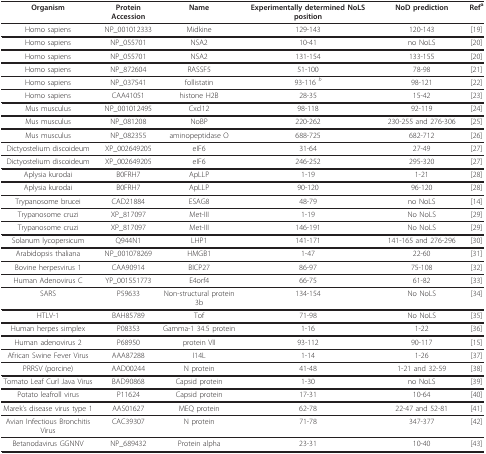
<table><thead><tr><td><b>Organism</b></td><td><b>Protein Accession</b></td><td><b>Name</b></td><td><b>Experimentally determined NoLS position</b></td><td><b>NoD prediction</b></td><td><b>Ref<sup>a</sup></b></td></tr></thead><tbody><tr><td>Homo sapiens</td><td>NP_001012333</td><td>Midkine</td><td>129-143</td><td>120-143</td><td>[19]</td></tr><tr><td>Homo sapiens</td><td>NP_055701</td><td>NSA2</td><td>10-41</td><td>no NoLS</td><td>[20]</td></tr><tr><td>Homo sapiens</td><td>NP_055701</td><td>NSA2</td><td>131-154</td><td>133-155</td><td>[20]</td></tr><tr><td>Homo sapiens</td><td>NP_872604</td><td>RASSF5</td><td>51-100</td><td>78-98</td><td>[21]</td></tr><tr><td>Homo sapiens</td><td>NP_037541</td><td>follistatin</td><td>93-116 <i><sup>b</sup></i></td><td>98-121</td><td>[22]</td></tr><tr><td>Homo sapiens</td><td>CAA41051</td><td>histone H2B</td><td>28-35</td><td>15-42</td><td>[23]</td></tr><tr><td>Mus musculus</td><td>NP_001012495</td><td>Cxcl12</td><td>98-118</td><td>92-119</td><td>[24]</td></tr><tr><td>Mus musculus</td><td>NP_081208</td><td>NoBP</td><td>220-262</td><td>230-255 and 276-306</td><td>[25]</td></tr><tr><td>Mus musculus</td><td>NP_082355</td><td>aminopeptidase O</td><td>688-725</td><td>682-712</td><td>[26]</td></tr><tr><td>Dictyostelium discoideum</td><td>XP_002649205</td><td>eIF6</td><td>31-64</td><td>27-49</td><td>[27]</td></tr><tr><td>Dictyostelium discoideum</td><td>XP_002649205</td><td>eIF6</td><td>246-252</td><td>295-320</td><td>[27]</td></tr><tr><td>Aplysia kurodai</td><td>B0FRH7</td><td>ApLLP</td><td>1-19</td><td>1-21</td><td>[28]</td></tr><tr><td>Aplysia kurodai</td><td>B0FRH7</td><td>ApLLP</td><td>90-120</td><td>96-120</td><td>[28]</td></tr><tr><td>Trypanosome brucei</td><td>CAD21884</td><td>ESAG8</td><td>48-79</td><td>no NoLS</td><td>[14]</td></tr><tr><td>Trypanosome cruzi</td><td>XP_817097</td><td>Met-III</td><td>1-19</td><td>No NoLS</td><td>[29]</td></tr><tr><td>Trypanosome cruzi</td><td>XP_817097</td><td>Met-III</td><td>146-191</td><td>No NoLS</td><td>[29]</td></tr><tr><td>Solanum lycopersicum</td><td>Q944N1</td><td>LHP1</td><td>141-171</td><td>141-165 and 276-296</td><td>[30]</td></tr><tr><td>Arabidopsis thaliana</td><td>NP_001078269</td><td>HMGB1</td><td>1-47</td><td>22-60</td><td>[31]</td></tr><tr><td>Bovine herpesvirus 1</td><td>CAA90914</td><td>BICP27</td><td>86-97</td><td>75-108</td><td>[32]</td></tr><tr><td>Human Adenovirus C</td><td>YP_001551773</td><td>E4orf4</td><td>66-75</td><td>61-82</td><td>[33]</td></tr><tr><td>SARS</td><td>P59633</td><td>Non-structural protein 3b</td><td>134-154</td><td>No NoLS</td><td>[34]</td></tr><tr><td>HTLV-1</td><td>BAH85789</td><td>Tof</td><td>71-98</td><td>No NoLS</td><td>[35]</td></tr><tr><td>Human herpes simplex</td><td>P08353</td><td>Gamma-1 34.5 protein</td><td>1-16</td><td>1-22</td><td>[36]</td></tr><tr><td>Human adenovirus 2</td><td>P68950</td><td>protein VII</td><td>93-112</td><td>90-117</td><td>[15]</td></tr><tr><td>African Swine Fever Virus</td><td>AAA87288</td><td>I14L</td><td>1-14</td><td>1-26</td><td>[37]</td></tr><tr><td>PRRSV (porcine)</td><td>AAD00244</td><td>N protein</td><td>41-48</td><td>1-21 and 32-59</td><td>[38]</td></tr><tr><td>Tomato Leaf Curl Java Virus</td><td>BAD90868</td><td>Capsid protein</td><td>1-30</td><td>no NoLS</td><td>[39]</td></tr><tr><td>Potato leafroll virus</td><td>P11624</td><td>Capsid protein</td><td>17-31</td><td>10-64</td><td>[40]</td></tr><tr><td>Marek&#x27;s disease virus type 1</td><td>AAS01627</td><td>MEQ protein</td><td>62-78</td><td>22-47 and 52-81</td><td>[41]</td></tr><tr><td>Avian Infectious Bronchitis Virus</td><td>CAC39307</td><td>N protein</td><td>71-78</td><td>347-377</td><td>[42]</td></tr><tr><td>Betanodavirus GGNNV</td><td>NP_689432</td><td>Protein alpha</td><td>23-31</td><td>10-40</td><td>[43]</td></tr></tbody></table>